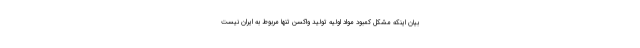
بیان اینکه مشکل کمبود مواد اولیه تولید واکسن تنها مربوط به ایران نیست